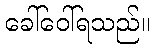
ခေါ်ဝေါ်ရသည်။